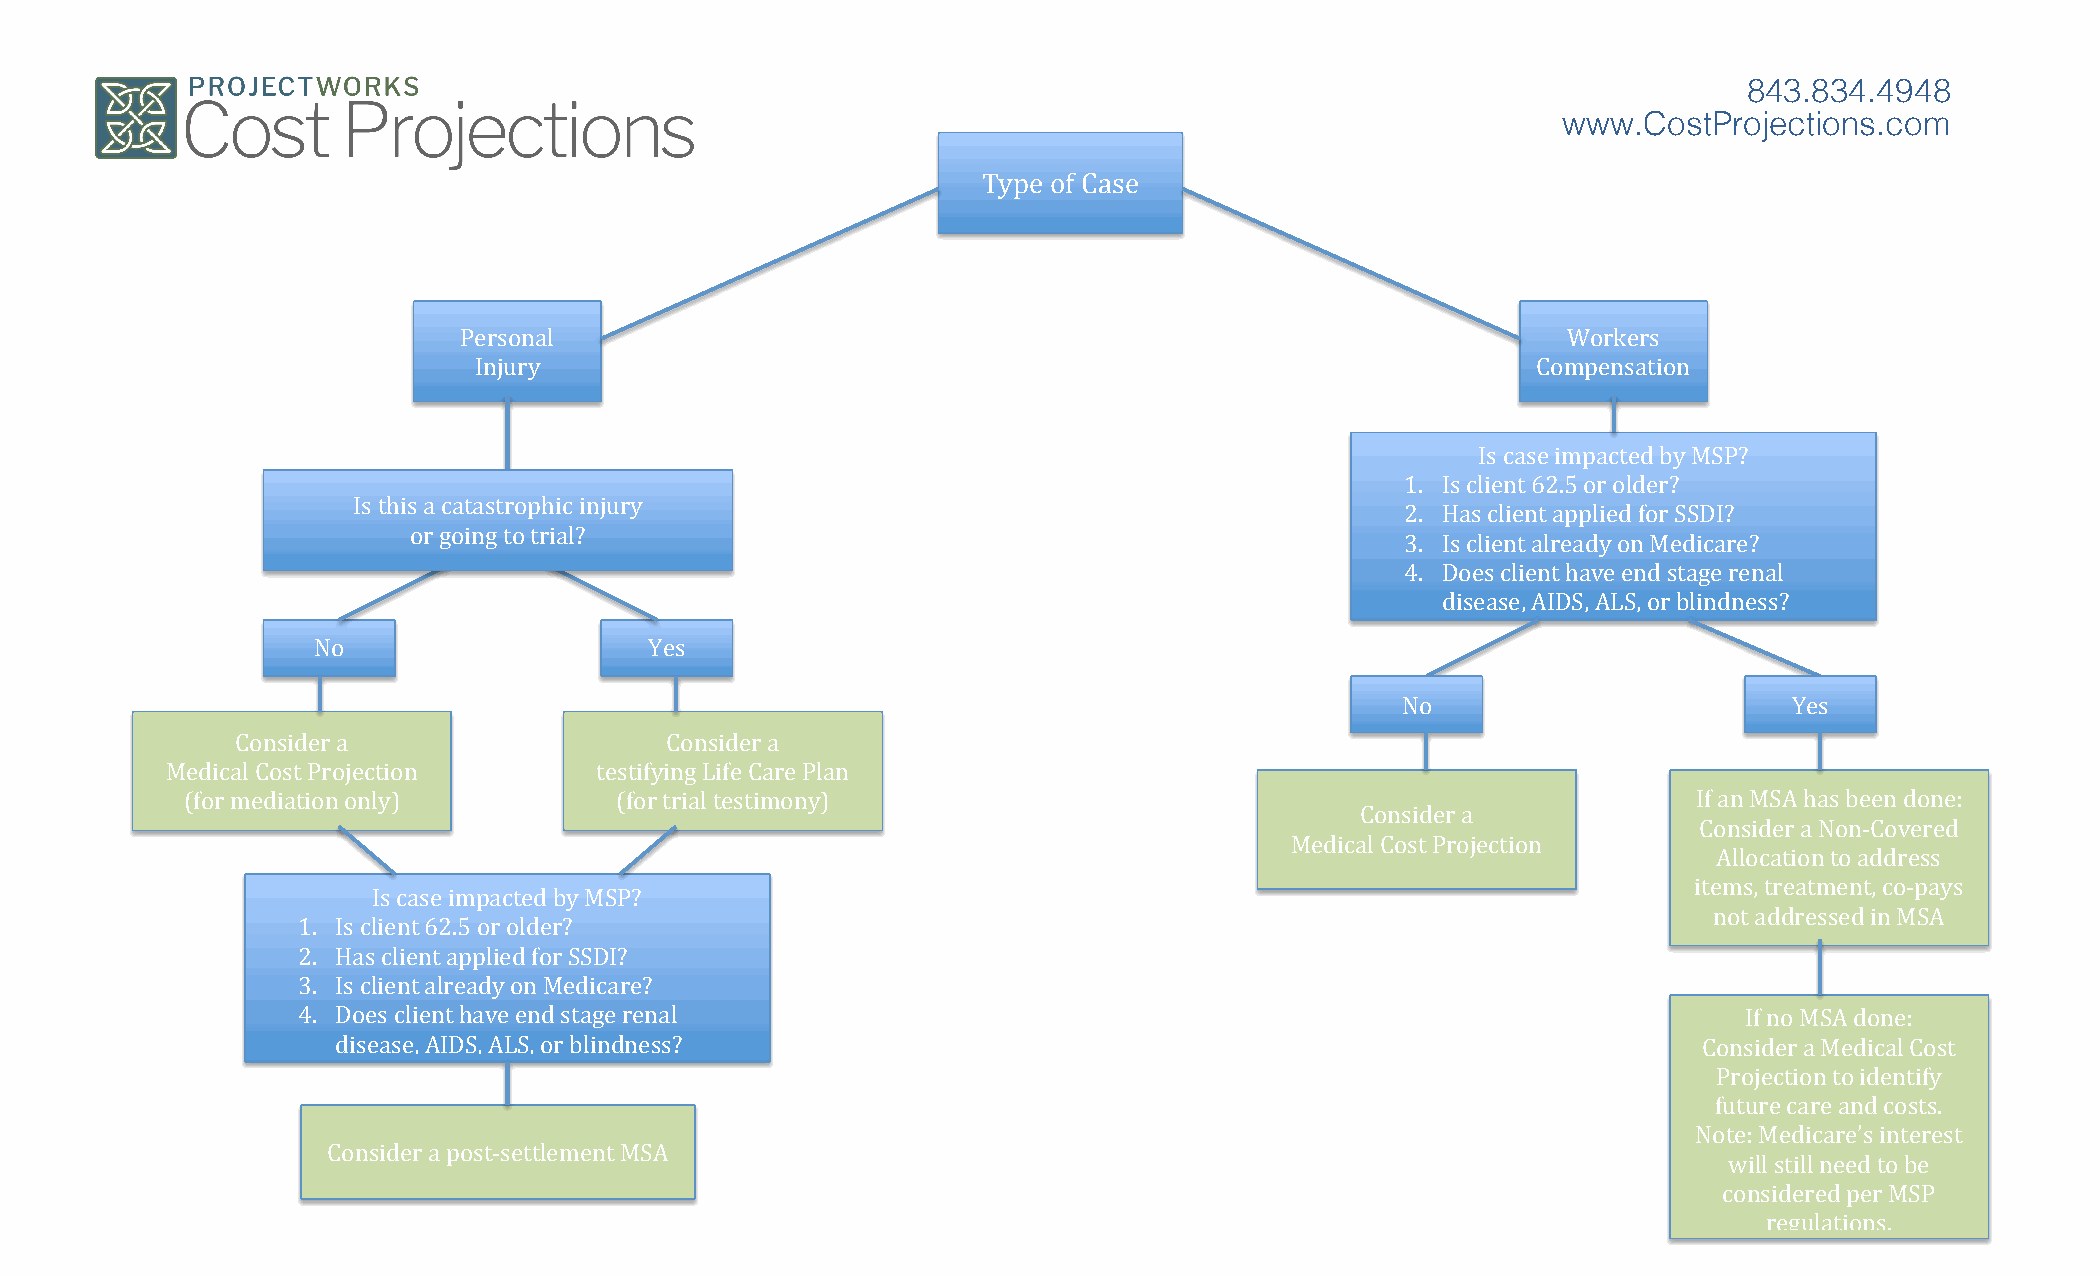
843.834.4948
 www.CostProjections.com
 Type of Case
 Personal                                                                  Workers
 Injury                                                                 Compensation
 Is case impacted by MSP?
 1. Is client 62.5 or older?
 Is this a catastrophic injury
 2. Has client applied for SSDI?
 or going to trial?
 3. Is client already on Medicare?
 4. Does client have end stage renal
 disease, AIDS, ALS, or blindness?
 No                    Yes
 No                        Yes
 Consider a                  Consider a
 Medical Cost Projection     testifying Life Care Plan
 (for mediation only)         (for trial testimony)                                                  If an MSA has been done:
 Consider a
 Consider a Non-­‐Covered
 Medical Cost Projection
 Allocation to address
 items, treatment, co-­‐pays
 Is case impacted by MSP?
 not addressed in MSA
 1. Is client 62.5 or older?
 2. Has client applied for SSDI?
 3. Is client already on Medicare?
 4. Does client have end stage renal                                                             If no MSA done:
 disease, AIDS, ALS, or blindness?                                                          Consider a Medical Cost
 Projection to identify
 future care and costs.
 Note: Medicare’s interest
 Consider a post-­‐settlement MSA
 will still need to be
 considered per MSP
 regulations.